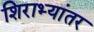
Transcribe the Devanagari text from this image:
शिराभ्यांतर